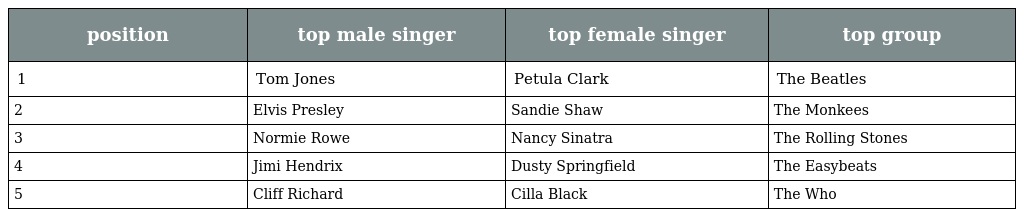
| position | top male singer | top female singer | top group |
 | --- | --- | --- | --- |
 | 1 | Tom Jones | Petula Clark | The Beatles |
 | 2 | Elvis Presley | Sandie Shaw | The Monkees |
 | 3 | Normie Rowe | Nancy Sinatra | The Rolling Stones |
 | 4 | Jimi Hendrix | Dusty Springfield | The Easybeats |
 | 5 | Cliff Richard | Cilla Black | The Who |